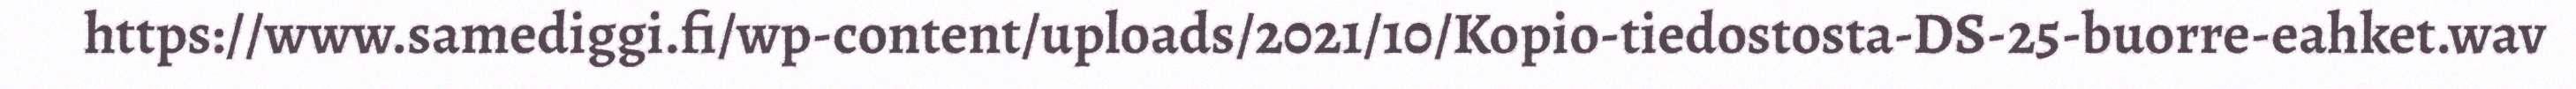
https://www.samediggi.fi/wp-content/uploads/2021/10/Kopio-tiedostosta-DS-25-buorre-eahket.wav